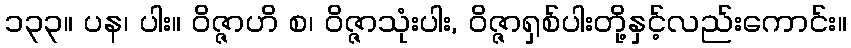
၁၃၃။ ပန၊ ပါး။ ဝိဇ္ဇာဟိ စ၊ ဝိဇ္ဇာသုံးပါး, ဝိဇ္ဇာရှစ်ပါးတို့နှင့်လည်းကောင်း။